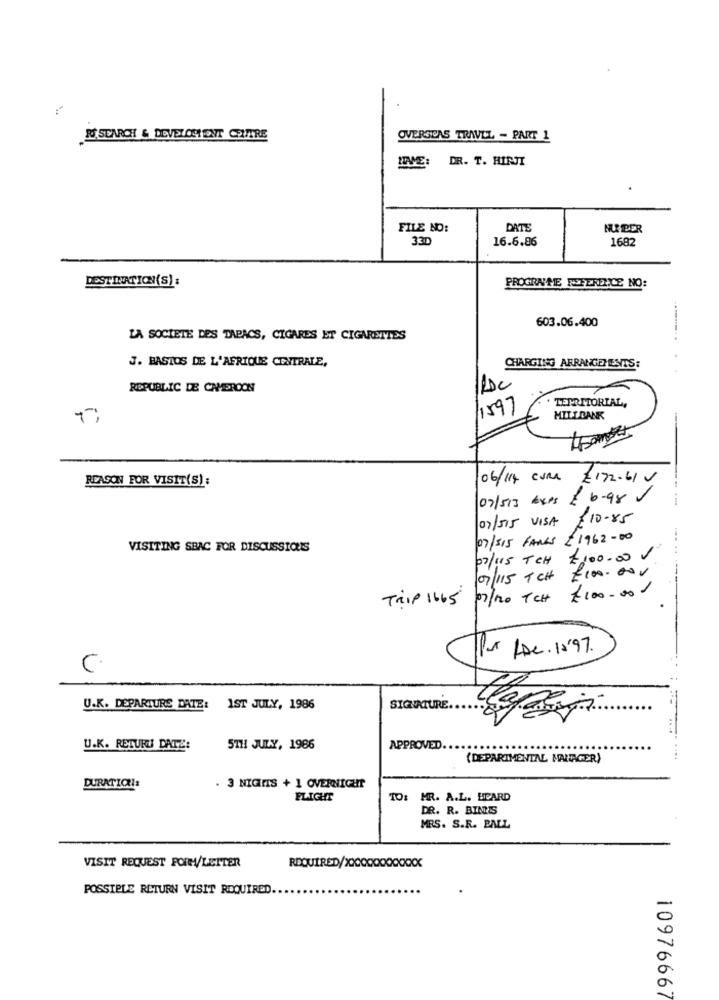
R SEARCH & DEVELOSENT CPUTRE
OVERSEAS TRAVLL - PART 1
ITME: DR. T. HINJI
FILE NO:
DATE
MU PER
33D
16.6.86
1682
DESTINATION(S):
PROGENTE REFERENCE NO:
603.06.400
LA SOCIETE DES TAPACS, CIGARES ET CIGARETTES
J. BASTOS DE L'AFRIQUE CENTRALE,
CHARGING ARRANGEMENTS:
REPUBLIC DE CAMEROON
TERRITORIAL,
1597
Ti
HILLDANK
REASON FOR VISIT(S):
06/114 CURA €172.61 V
07/513 Axes £ 6.98
07/515 VISA £10-85
07/515 FAILS £1962-00
VISITING SBAC FOR DISCUSSIOUS
02/115 TCH £100.00 V
07/115 TCH £100.000
Trip 1665 07/20 TCH £100.000
Pur ADe. 1597.
U.K. DEPARTURE DATE: 1ST JULY, 1986
SIGNATURE.
U.K. RETURU DATE:
5TH JULY, 1986
APPROVED
(DEPARTMENTAL MANAGER)
DURATION !!
. 3 NIGHTS + 1 OVERNIGHT
FLIGHT
TO: HR. A.L. HEARD
DR. R. BINIS
MRS. S.R. BALL
xx
VISIT REQUEST FORM/LETTER
REQUIRED/XXXXXX
POSSIBLE RETURN VISIT ROQUIRED.
10976667